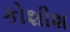
કોશીશ